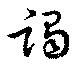
謁